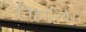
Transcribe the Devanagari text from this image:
तिहारिये।।